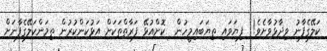
ކަލޭގެފާނު ވިދާޅުވާށެވެ!  ފިޔަވައި ތިޔަބައިމީހުން  ކޮށްއުޅޭ ފަރާތްތަކަށް އަޅުކަންކުރުން ތިމަންކަލޭގެފާނަށް